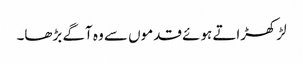
لڑکھڑاتے ہوئے قدموں سے وہ آگے بڑھا۔